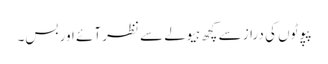
پپوٹوں کی دراز سے کچھ ہیولے سے نظر آئے اور بس۔